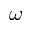
\omega